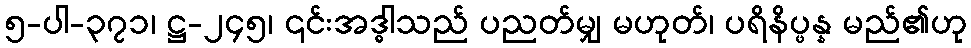
၅-ပါ-၃၇၁၊ ဋ္ဌ-၂၄၅၊ ၎င်းအဒ္ဓါသည် ပညတ်မျှ မဟုတ်၊ ပရိနိပ္ဖန္န မည်၏ဟု